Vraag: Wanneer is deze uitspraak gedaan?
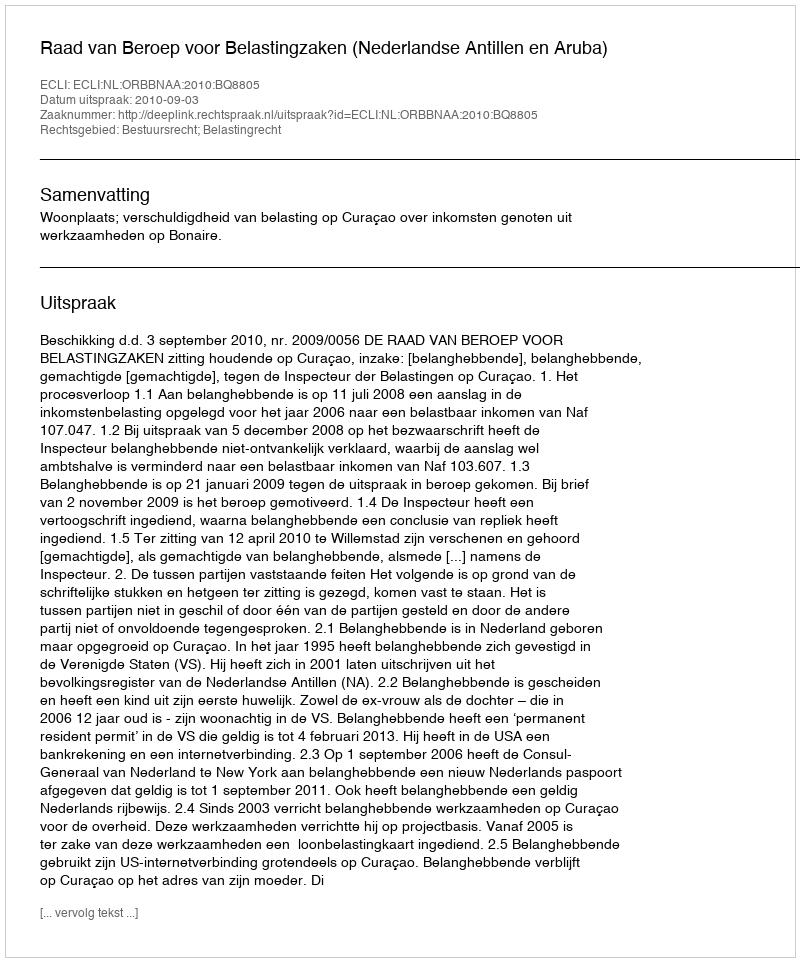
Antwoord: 2010-09-03